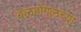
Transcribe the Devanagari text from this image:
बेलहोंगलच्या